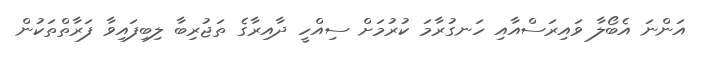
އަންނަ އެބޯލާ ވައިރަސްއާއި ހަނގުރާމަ ކުރުމަށް ސިއްހީ ދާއިރާގެ ތަޖުރިބާ ލިބިފައިވާ ފަރާތްތަކުން